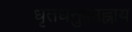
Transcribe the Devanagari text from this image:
धृतधनुषमह्नाय